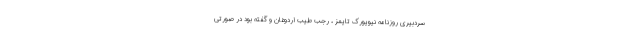
سردبیری روزنامه نیویورک تایمز ، رجب طیب اردوغان و گفته بود در صورتی